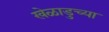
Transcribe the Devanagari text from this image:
खेळाडुच्या